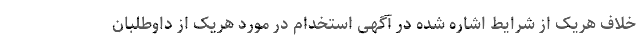
خلاف هریک از شرایط اشاره شده در آگهی استخدام در مورد هریک از داوطلبان